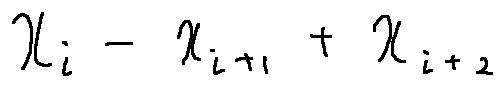
x _ { i } - x _ { i + 1 } + x _ { i + 2 }